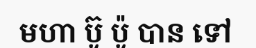
មហា ប៊ូ ប៉ូ បាន ទៅ